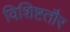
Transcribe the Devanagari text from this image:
विशिष्टतौर